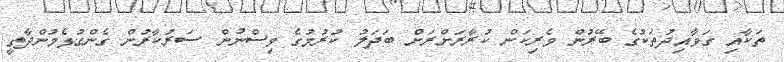
ތަކާއި ގަވާއިދުތަކުގެ ބޭރުން ވެރިކަން ކުރާރަށްރަށް ބަދަލު ކުރުމުގެ ވިސްނުން ސަރުކާރުން ގެންގުޅެމުންދާތީ